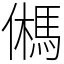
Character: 𩢮